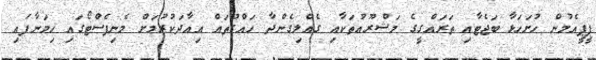
ޕީޕީއެމުން ހުށަހަޅާ ބަޖެޓާއި ތަރައްގީގެ މަޝްރޫއުތަކާއި ގެއްލިގެންދާ ހައްގުތައް އިއާދަކުރުމަށް މެނިފެސްޓޯގައި ހިމަނާފައި